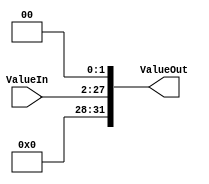
`timescale 1ns / 1ps
//////////////////////////////////////////////////////////////////////////////////
// Mauricio Salomon - 200900582
// Miguel Taylor -201117893
// Juan Pablo Arias Mora - 200826602
// Sebastian Gonzalez - 201159610
//////////////////////////////////////////////////////////////////////////////////
module Shift_2_26_32(ValueIn,ValueOut);
	input [25:0]ValueIn;
	output reg [31:0] ValueOut;
	always @( ValueIn )
	begin
		ValueOut = ValueIn << 2;
	end
endmodule